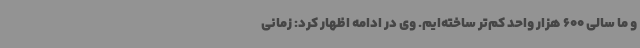
و ما سالی 600 هزار واحد کم‌تر ساخته‌ایم. وی در ادامه اظهار کرد: زمانی